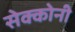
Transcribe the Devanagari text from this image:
सेक्कोनी